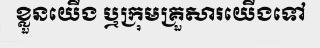
ខ្លួនយើង ឬក្រុមគ្រួសារយើងទៅ